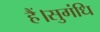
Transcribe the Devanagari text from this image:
हैं।सुगंधि